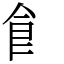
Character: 𩙿